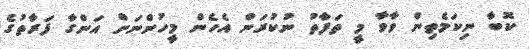
ކޮބާ ނިކަމެތިން ވާވާ މީ ތަފާތު ނުކުރަން އެހެން މީހުންނަށް އަންގާ ފަރާތުގެ